system: You are a helpful assistant.
user:
Analyze the provided spectrum to determine if it is a **"Cataclysmic Variables (CV)"**.

- **Key Indicators for CV (Check for either state):**
    - **State 1: Quiescent / Low-State (Emission-Dominated)**
        - **(Primary):** Strong and *very broad* Hydrogen Balmer emission lines (e.g., $H\alpha$ at 6563 Å, $H\beta$ at 4861 Å). The 'broadness' (high velocity dispersion, often FWHM > 1000 km/s) is the key diagnostic, indicating a high-velocity accretion disk.
        - **(Secondary):** Broad neutral Helium (He I) emission lines (e.g., 5876 Å, 6678 Å).
        - **(Key Confirmation):** Presence of high-excitation *ionized* Helium (He II) emission at 4686 Å. This is a strong indicator of accretion onto a white dwarf.
        - **(Line Profile):** Emission lines may exhibit a 'double-peaked' profile, which is a classic signature of a rotating accretion disk viewed at high inclination.

    - **State 2: Outburst / High-State (Absorption-Dominated)**
        - **(Primary):** Spectrum is dominated by a bright, blue continuum (looks like a hot star).
        - **(Secondary):** The emission lines from State 1 are weak, absent, or 'filled in', and are replaced by broad, shallow *absorption* lines (primarily Balmer and He I).
        - **(Morphology):** The overall spectrum mimics a hot B/A-type star. The crucial difference is that the absorption lines are significantly broader, shallower, and more 'washed-out' (or 'smeared') than the sharp lines of a normal stellar photosphere, due to high rotational speeds and pressure broadening in the disk.

Think first, call **spectral_visualization_tool** if needed to examine features in detail, then provide your final answer. Your response must adhere to the following strict rules:
1.  **Overall Structure:** Your response must follow the format `<think>...</think> <tool_call>...</tool_call> (if a tool is used) <answer>...</answer>`.
2.  **Tool Usage Constraint:** You may only make **one** tool call per turn.
3.  **Final Answer Format:** In the `<answer>` tag, your conclusion must be inside a `\boxed{}` command (e.g., `\boxed{YES}`), followed by your justification.

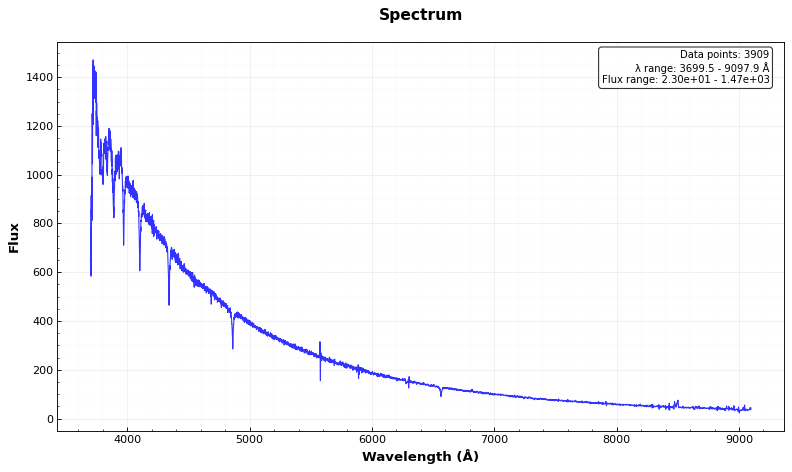
Answer: NO